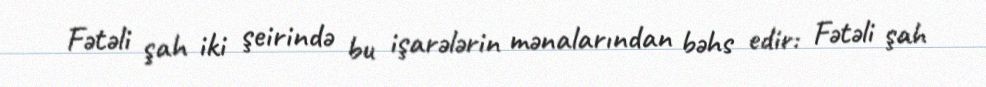
Fətəli şah iki şeirində bu işarələrin mənalarından bəhs edir: Fətəli şah